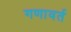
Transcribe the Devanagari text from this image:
गणावर्त